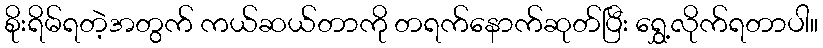
စိုးရိမ်ရတဲ့အတွက် ကယ်ဆယ်တာကို တရက်နောက်ဆုတ်ပြီး ရွှေ့လိုက်ရတာပါ။